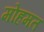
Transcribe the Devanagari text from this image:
मोहमत